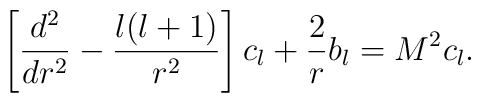
\left[{d^{2}\over dr^{2}}-{l(l+1)\over r^{2}}\right]c_{l}+{2\over r}b_{l}=M^{2} c_{l}.